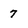
Character: 7